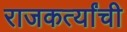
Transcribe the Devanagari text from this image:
राजकर्त्यांची